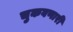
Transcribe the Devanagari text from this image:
चुकवणारी